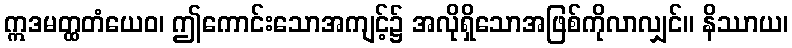
ဣဒမတ္ထတံယေဝ၊ ဤကောင်းသောအကျင့်၌ အလိုရှိသောအဖြစ်ကိုလာလျှင်။ နိဿာယ၊